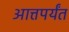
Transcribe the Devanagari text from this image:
आत्तपर्यंत